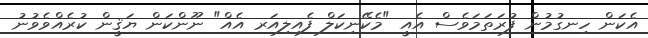
އެކަން ހިނގުމުން ފުރަތަމަވެސް އެއީ "މެކޭނިކަލް ފެއިލިއަރ އެއް" ނޫންކަން ޔަޤީން ކުރެއްވެވުނު